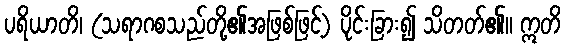
ပရိယာတိ၊ (သရာဂစသည်တို့၏အဖြစ်ဖြင့်) ပိုင်းခြား၍ သိတတ်၏။ ဣတိ